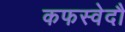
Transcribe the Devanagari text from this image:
कफस्वेदौ